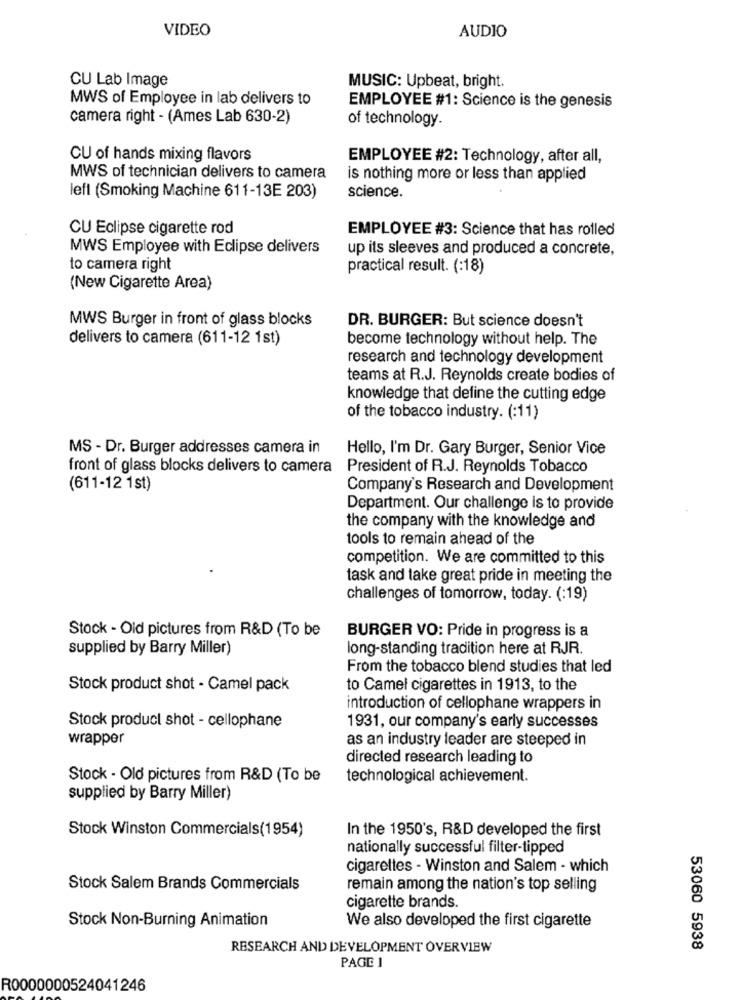
VIDEO
AUDIO
CU Lab Image
MUSIC: Upbeat, bright.
MWS of Employee in lab delivers to
EMPLOYEE #1: Science is the genesis
camera right - (Ames Lab 630-2)
of technology.
CU of hands mixing flavors
EMPLOYEE #2: Technology, after all,
MWS of technician delivers to camera
is nothing more or less than applied
science.
left (Smoking Machine 611-13E 203)
CU Eclipse cigarette rod
EMPLOYEE #3: Science that has rolled
MWS Employee with Eclipse delivers
up its sleeves and produced a concrete,
to camera right
practical result. (:18)
(New Cigarette Area)
MWS Burger in front of glass blocks
DR. BURGER: But science doesn't
delivers to camera (611-12 1st)
become technology without help. The
research and technology development
teams at R.J. Reynolds create bodies of
knowledge that define the cutting edge
of the tobacco industry. (:11)
MS - Dr. Burger addresses camera in
Hello, I'm Dr. Gary Burger, Senior Vice
front of glass blocks delivers to camera
President of R.J. Reynolds Tobacco
(611-12 1st)
Company's Research and Development
Department. Our challenge is to provide
the company with the knowledge and
tools to remain ahead of the
competition. We are committed to this
task and take great pride in meeting the
challenges of tomorrow, today. (:19)
Stock - Oid pictures from R&D (To be
BURGER VO: Pride in progress is a
supplied by Barry Miller)
long-standing tradition here at RJR.
From the tobacco blend studies that led
Stock product shot - Camel pack
to Camel cigarettes in 1913, to the
introduction of cellophane wrappers in
Stock product shot - cellophane
1931, our company's early successes
wrapper
as an industry leader are steeped in
directed research leading to
Stock - Old pictures from R&D (To be
technological achievement.
supplied by Barry Miller)
Stock Winston Commercials(1954)
In the 1950's, R&D developed the first
nationally successful filter-tipped
cigarettes - Winston and Salem - which
Stock Salem Brands Commercials
remain among the nation's top selling
cigarette brands.
Stock Non-Burning Animation
We also developed the first cigarette
RESEARCH AND DEVELOPMENT OVERVIEW
53060 5938
PAGE 1
R0000000524041246